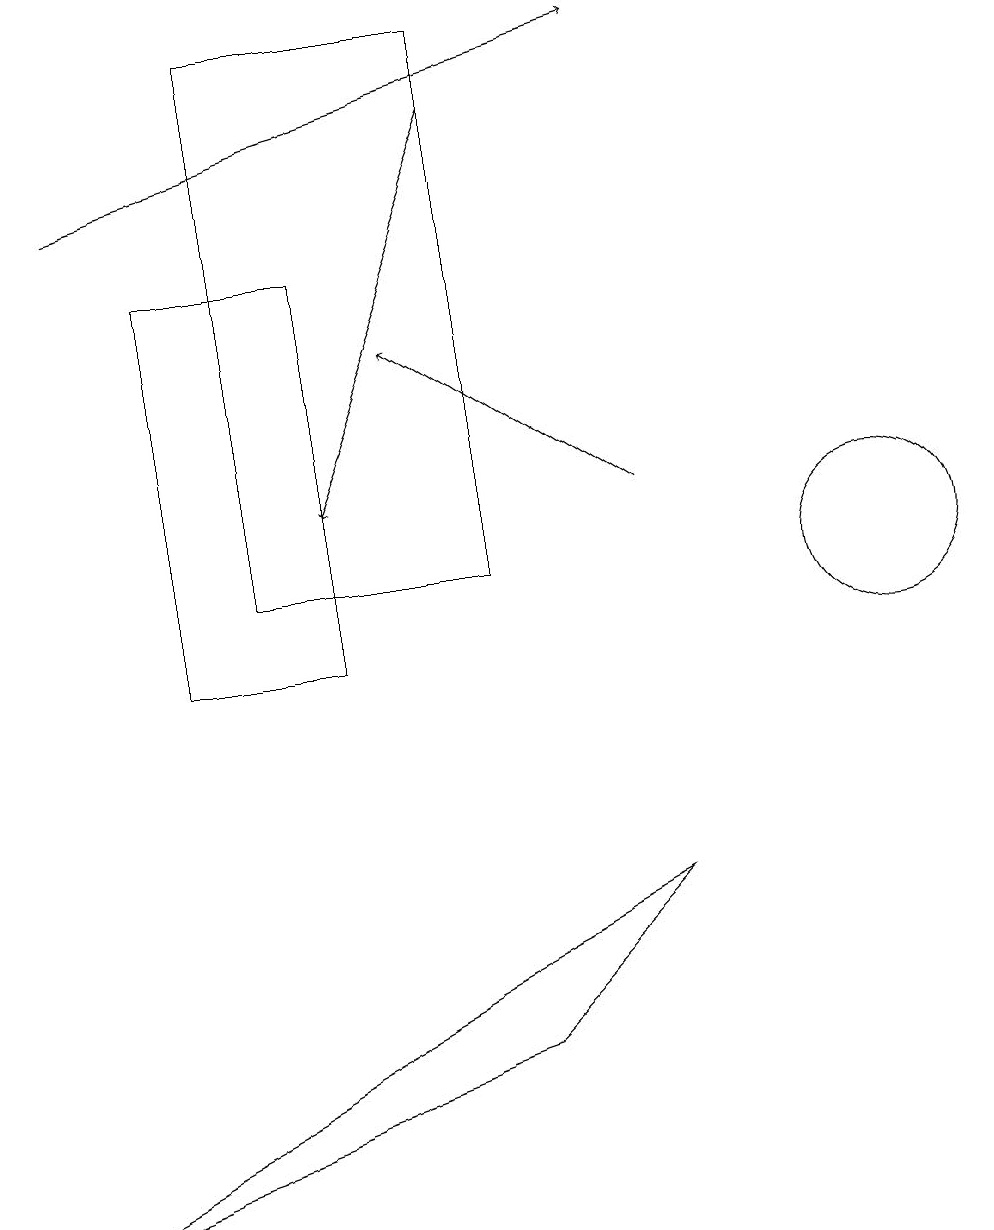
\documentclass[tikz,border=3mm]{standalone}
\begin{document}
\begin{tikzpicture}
\draw (10,10) circle (0);
\draw (6,19) rectangle (3,12);
\draw[->] (1,17) -- (8,19);
\draw (4,16) rectangle (2,11);
\draw (6,6) -- (0,4) -- (8,8) -- cycle;
\draw[->] (6,18) -- (4,13);
\draw (11,12) circle (1);
\draw[->] (8,13) -- (5,15);
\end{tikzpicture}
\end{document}